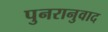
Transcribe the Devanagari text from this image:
पुनरानुवाद